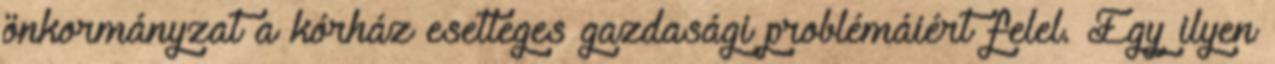
önkormányzat a kórház esetleges gazdasági problémáiért felel. Egy ilyen